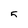
Character: 5